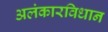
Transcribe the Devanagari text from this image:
अलंकारविधान